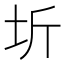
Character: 圻